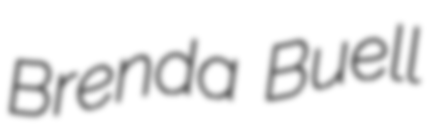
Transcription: Brenda Buell